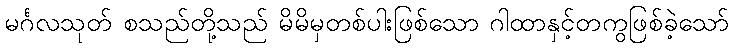
မင်္ဂလသုတ် စသည်တို့သည် မိမိမှတစ်ပါးဖြစ်သော ဂါထာနှင့်တကွဖြစ်ခဲ့သော်